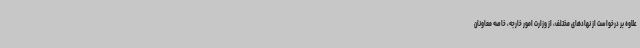
علاوه‌ بر درخواست از نهادهای مختلف، از وزارت امور خارجه، خاصه معاونان